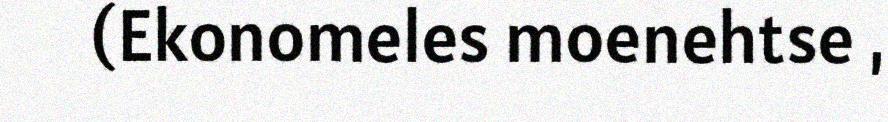
(Ekonomeles moenehtse ,